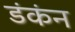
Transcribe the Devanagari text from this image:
डंकंन